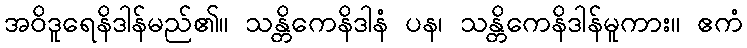
အဝိဒူရေနိဒါန်မည်၏။ သန္တိကေနိဒါနံ ပန၊ သန္တိကေနိဒါန်မူကား။ ဧကံ